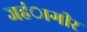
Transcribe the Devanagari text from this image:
जहंागीर